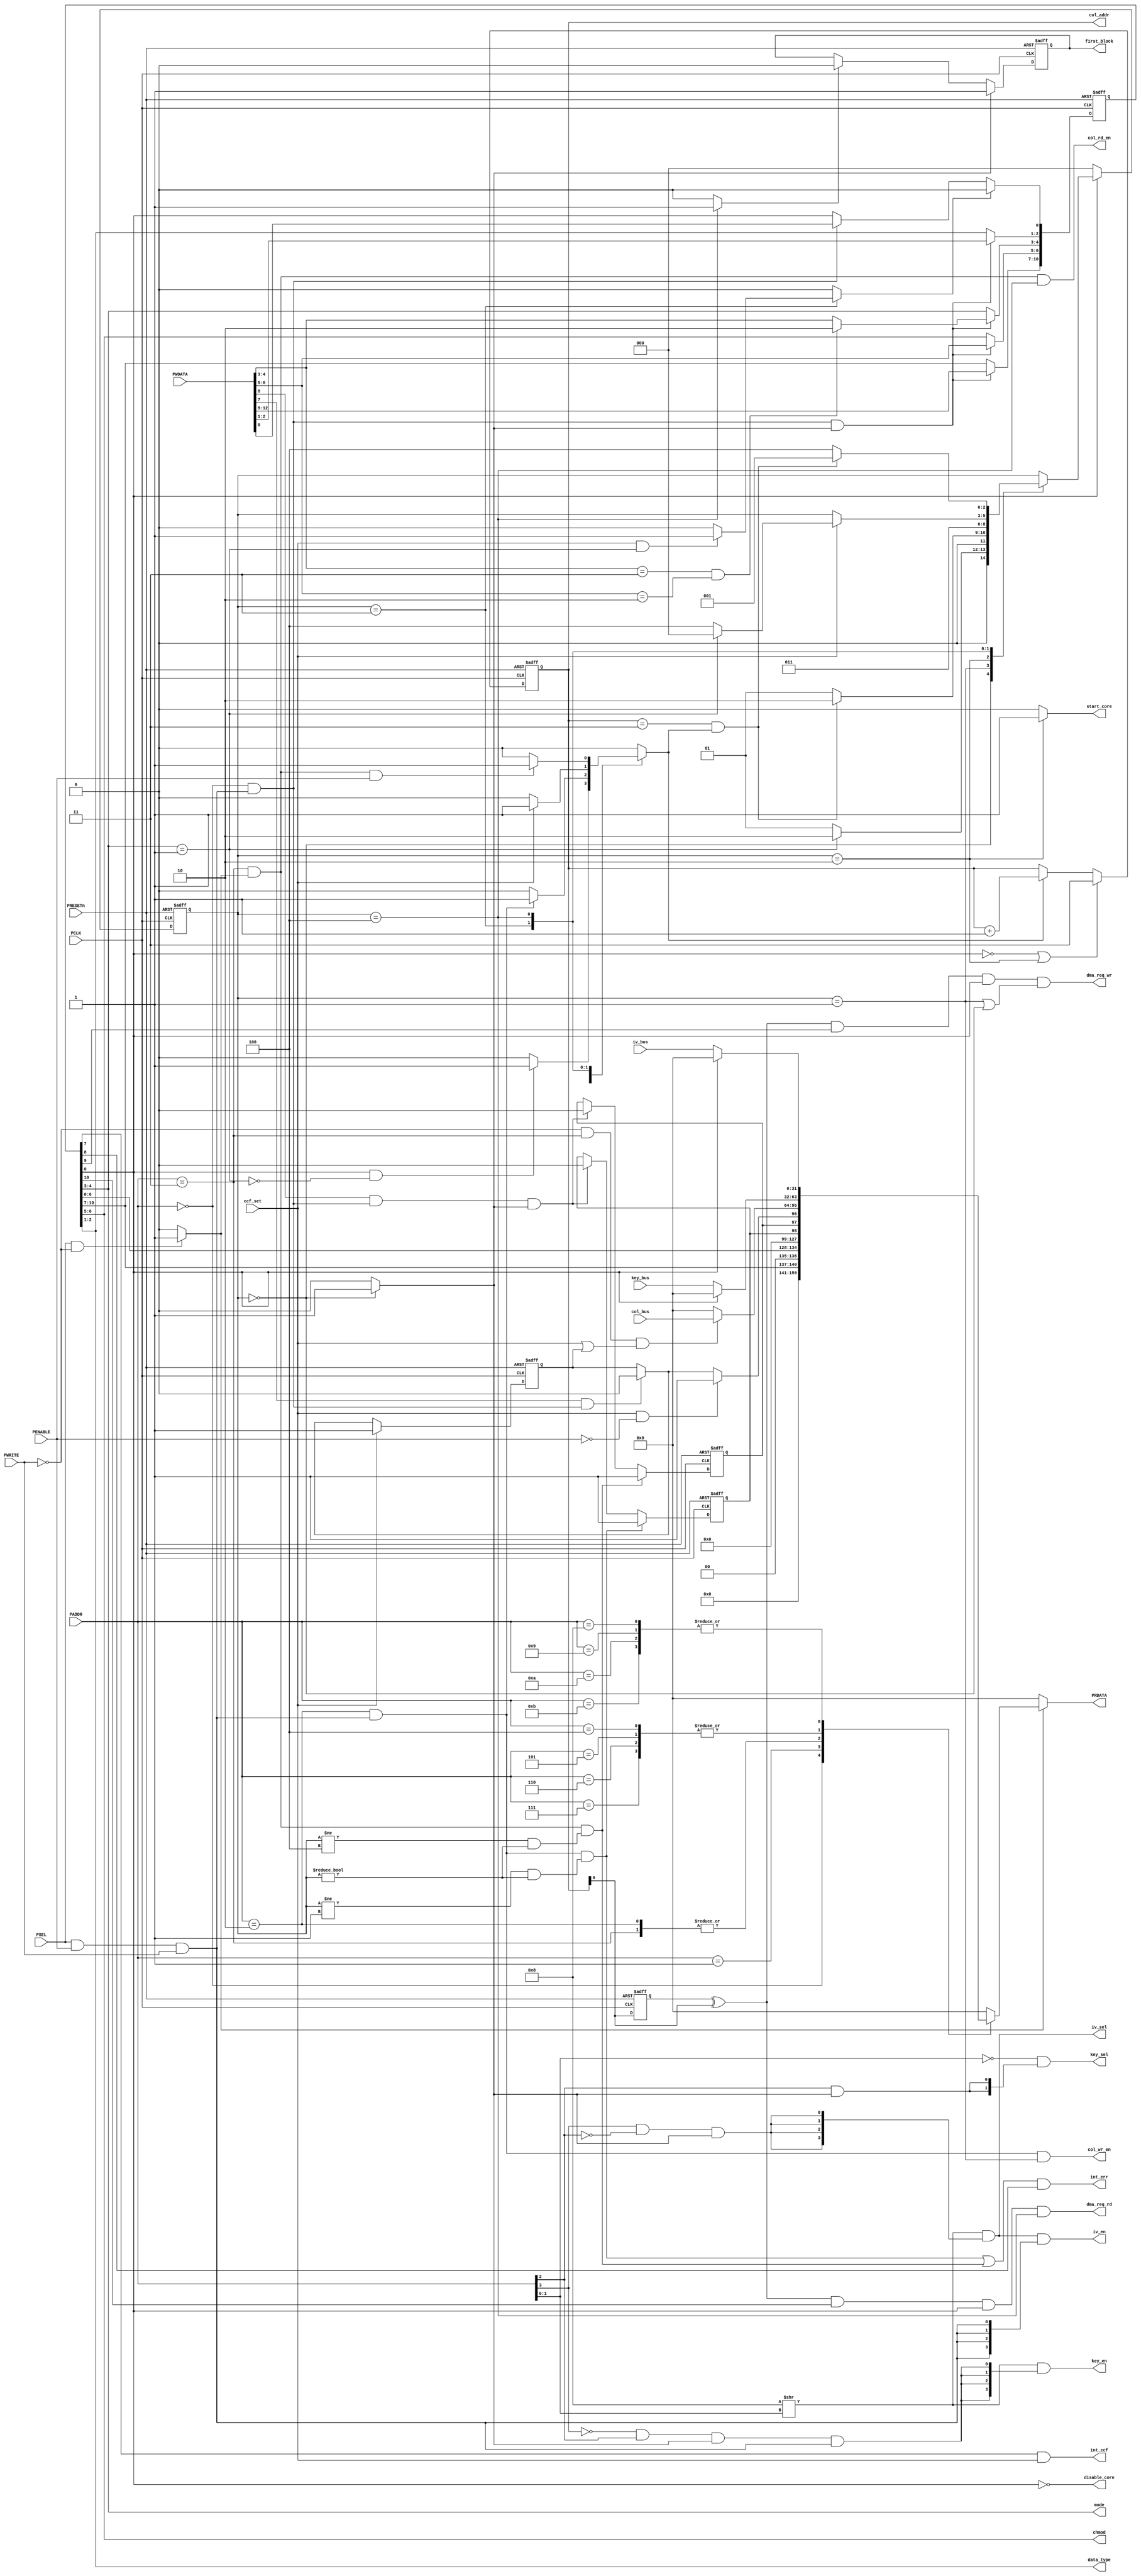
//////////////////////////////////////////////////////////////////
////
////
//// 	AES CORE BLOCK
////
////
////
//// This file is part of the APB to I2C project
////
//// http://www.opencores.org/cores/apbi2c/
////
////
////
//// Description
////
//// Implementation of APB IP core according to
////
//// aes128_spec IP core specification document.
////
////
////
//// To Do: Things are right here but always all block can suffer changes
////
////
////
////
////
//// Author(s): - Felipe Fernandes Da Costa, fefe2560@gmail.com
////		  Julio Cesar 
////
///////////////////////////////////////////////////////////////// 
////
////
//// Copyright (C) 2009 Authors and OPENCORES.ORG
////
////
////
//// This source file may be used and distributed without
////
//// restriction provided that this copyright statement is not
////
//// removed from the file and that any derivative work contains
//// the original copyright notice and the associated disclaimer.
////
////
//// This source file is free software; you can redistribute it
////
//// and/or modify it under the terms of the GNU Lesser General
////
//// Public License as published by the Free Software Foundation;
//// either version 2.1 of the License, or (at your option) any
////
//// later version.
////
////
////
//// This source is distributed in the hope that it will be
////
//// useful, but WITHOUT ANY WARRANTY; without even the implied
////
//// warranty of MERCHANTABILITY or FITNESS FOR A PARTICULAR
////
//// PURPOSE. See the GNU Lesser General Public License for more
//// details.
////
////
////
//// You should have received a copy of the GNU Lesser General
////
//// Public License along with this source; if not, download it
////
//// from http://www.opencores.org/lgpl.shtml
////
////
///////////////////////////////////////////////////////////////////
module host_interface_aes
(
	// OUTPUTS
	output [3:0] key_en,
	output [1:0] col_addr,
	output [1:0] chmod,
	output [1:0] mode,
	output [1:0] data_type,
	output col_wr_en,
	output col_rd_en,
	output [1:0] key_sel,
	output [3:0] iv_en,
	output [3:0] iv_sel,
	output int_ccf,
	output int_err,
	output disable_core,
	output reg first_block,
	output dma_req_wr,
	output dma_req_rd,
	output reg start_core,
	output [31:0] PRDATA,
	//INPUTS
	input [3:0] PADDR,
	input [12:0] PWDATA,
	input PWRITE,
	input PENABLE,
	input PSEL,
	input PCLK,
	input PRESETn,
	input [31:0] key_bus,
	input [31:0] col_bus,
	input [31:0] iv_bus,
	input ccf_set
);

//`include "include/host_interface.vh"

//=====================================================================================
// Memory Mapped Registers Address
//=====================================================================================
localparam AES_CR    = 4'd00;
localparam AES_SR    = 4'd01;
localparam AES_DINR  = 4'd02;
localparam AES_DOUTR = 4'd03;
localparam AES_KEYR0 = 4'd04;
localparam AES_KEYR1 = 4'd05;
localparam AES_KEYR2 = 4'd06;
localparam AES_KEYR3 = 4'd07;
localparam AES_IVR0  = 4'd08;
localparam AES_IVR1  = 4'd09;
localparam AES_IVR2  = 4'd10;
localparam AES_IVR3  = 4'd11;

//=============================================================================
// Operation Modes
//=============================================================================
localparam ENCRYPTION     = 2'b00;
localparam KEY_DERIVATION = 2'b01;
localparam DECRYPTION     = 2'b10;
localparam DECRYP_W_DERIV = 2'b11;

//=============================================================================
// AES Modes
//=============================================================================
localparam ECB = 2'b00;
localparam CBC = 2'b01;
localparam CTR = 2'b10;

//=============================================================================
// Resets Values
//=============================================================================
localparam AES_CR_RESET = 13'd0;
localparam AES_SR_RESET =  3'd0;

//=============================================================================
// Enable Value (Active High)
//=============================================================================
localparam ENABLE  = 1'b1;
localparam DISABLE = 1'b0;

//=============================================================================
// FSM STATES
//=============================================================================
localparam IDLE   = 3'd0;
localparam INPUT  = 3'd1;
localparam START  = 3'd2;
localparam WAIT   = 3'd3;
localparam OUTPUT = 3'd4;

wire [31:0] bus_out;
reg [31:0] bus_out_mux;
reg cnt_en;
reg enable_clear;
reg access_permission;
reg first_block_set;
reg first_block_clear;
wire [1:0] mode_in;
wire [1:0] chmod_in;
wire write_en;
wire read_en;
wire dma_out_en;
wire dma_in_en;
wire err_ie;
wire ccf_ie;
wire errc;
wire ccfc;
wire aes_cr_wr_en;
//wire aes_sr_wr_en;
wire wr_err_en;
wire rd_err_en;
wire write_completed;
wire read_completed;
wire key_deriv;


reg [10:0] aes_cr;
reg wr_err;
reg rd_err;
reg ccf;
reg [2:0] state, next_state;
reg [1:0] cnt;
reg dma_req;
wire enable;

// Write and read enable signals
assign write_en = PSEL & PENABLE & PWRITE;
assign read_en  = (PSEL & ~PWRITE)?1'b1:1'b0;

// Configuration Register Logic
assign dma_out_en = aes_cr[10];
assign dma_in_en  = aes_cr[9];
assign err_ie     = aes_cr[8];
assign ccf_ie     = aes_cr[7];
assign errc       = PWDATA[8];
assign ccfc       = PWDATA[7];
assign chmod      = aes_cr[6:5];
assign mode       = aes_cr[4:3];
assign data_type  = aes_cr[2:1];
assign enable     = aes_cr[0];

assign aes_cr_wr_en = (PADDR == AES_CR) & write_en;
assign mode_in  = PWDATA[4:3];
assign chmod_in = PWDATA[6:5];

always @(posedge PCLK or negedge PRESETn)
	begin
		if(!PRESETn)
			aes_cr <= AES_CR_RESET[10:0];
		else
			begin
				if(enable_clear)
					aes_cr[0] <= 1'b0;
				else
					if(aes_cr_wr_en)
						aes_cr[0] <= PWDATA[0];

				if(aes_cr_wr_en && access_permission)
					begin
						aes_cr[2:1] <= PWDATA[2:1];
						if(mode_in == DECRYP_W_DERIV && chmod_in == CTR)
							aes_cr[4:3] <= DECRYPTION;
						else
							aes_cr[4:3] <= mode_in;
						aes_cr[ 6:5] <= PWDATA[6:5];
						aes_cr[10:7] <= PWDATA[12:9];
					end
			end
	end
 
// Status Register Logic
//assign aes_sr_wr_en = (PADDR == AES_SR) & write_en & access_permission;

always @(posedge PCLK or negedge PRESETn)
	begin
		if(!PRESETn)
		begin
			{wr_err, rd_err, ccf} <= AES_SR_RESET;

		end
		else
			begin
				// Write Error Flag
				if(wr_err_en)
					wr_err <= 1'b1;
				else
					if(errc && aes_cr_wr_en && access_permission)
						wr_err <= 1'b0;

				//Read Error Flag
				if(rd_err_en)
					rd_err <= 1'b1;
				else
					if(errc && aes_cr_wr_en && access_permission)
						rd_err <= 1'b0;

				// Computation Complete Flag
				if(ccf_set)
				   	ccf <= 1'b1;
				else
					if(ccfc && aes_cr_wr_en )//&& access_permission)
						ccf <= 1'b0;
			end
	end
// Interruption on erros Signals
assign int_ccf = ccf_ie & ccf_set;
assign int_err = (wr_err_en | rd_err_en) & err_ie;

// Key Signals Decoding
assign key_en = (4'b1000 >> PADDR[1:0]) & {4{(~PADDR[3] & PADDR[2] & access_permission & write_en)}};
assign key_sel = ~PADDR[1:0] & {2{(PADDR[2] & access_permission)}};

// IV Signals Decoding
assign iv_sel = (4'b1000 >> PADDR[1:0]) & {4{(PADDR[3] & ~PADDR[2] & access_permission)}};
assign iv_en = iv_sel & {4{write_en}};

// State Register
always @(posedge PCLK or negedge PRESETn)
	begin
		if(!PRESETn)
			state <= IDLE;
		else
			if(!enable)
				state <= IDLE;
			else
				state <= next_state;
	end

assign write_completed = (cnt == 2'b11);
assign read_completed  = (cnt == 2'b11);
assign key_deriv = (mode == KEY_DERIVATION);

// Next State Logic
always @(*)
	begin
		next_state = state;
		case(state)
		IDLE  :
			begin
				if(enable)
					next_state = (key_deriv) ? START : INPUT;
			end
		INPUT :
			next_state = (write_completed && cnt_en) ? START : INPUT;
		START :
			next_state = WAIT;
		WAIT  :
			begin
				if(ccf_set)
					next_state = (key_deriv) ? IDLE : OUTPUT;
			end
		OUTPUT:
			next_state = (read_completed && cnt_en) ? INPUT : OUTPUT;
		endcase
	end

// Output Logic
assign disable_core = ~enable;

always @(*)
	begin
		access_permission = DISABLE;
		start_core = DISABLE;
		cnt_en = DISABLE;
		enable_clear = DISABLE;
		first_block_set = DISABLE;
		first_block_clear = DISABLE;
		case(state)
			IDLE:
				begin
					access_permission = ENABLE;
					first_block_set = ENABLE;
					if(enable && !key_deriv)
						cnt_en = ENABLE;
				end
			INPUT:
				begin
					if(PADDR == AES_DINR && write_en)
						cnt_en = ENABLE;
				end
			START:
				begin
					start_core = ENABLE;
				end
			WAIT:
				begin
					if(ccf_set)
						cnt_en = ENABLE;
					if(ccf_set && key_deriv)
						enable_clear = ENABLE;
				end
			OUTPUT:
				begin
					first_block_clear = ENABLE;
					if(PADDR == AES_DOUTR && read_en && PENABLE )//|| write_completed)
						cnt_en = ENABLE;
				end
		endcase
	end

// First Block Signal indicates when IV register is used
always @(posedge PCLK or negedge PRESETn)
	begin
		if(!PRESETn)
			first_block <= 1'b1;
		else
			if(first_block_set)
				first_block <= 1'b1;
			else
				if(first_block_clear)
					first_block <= 1'b0;
	end

always @(posedge PCLK or negedge PRESETn)
	begin
		if(!PRESETn)
			cnt <= 2'b11;
		else
			begin
				if(!enable || state == START)
					cnt <= 2'b11;
				else
					if(cnt_en)
						cnt <= cnt + 1'b1;
			end
	end

assign col_addr = cnt;
assign col_wr_en = (PADDR == AES_DINR  && write_en && state == INPUT);
assign col_rd_en = (PADDR == AES_DOUTR && read_en  && state == OUTPUT);
assign wr_err_en = (PADDR == AES_DINR  && write_en && (state != INPUT  && state != IDLE));
assign rd_err_en = (PADDR == AES_DOUTR && read_en  && (state != OUTPUT && state != IDLE));

// DMA Requests Logic
always @(posedge PCLK or negedge PRESETn)
	begin
		if(!PRESETn)
			dma_req <= 1'b0;
		else
			dma_req <= cnt[0];
	end

assign dma_req_wr = (dma_req ^ cnt[0]) & dma_in_en  & enable & (state == INPUT  || state == IDLE);
assign dma_req_rd = (dma_req ^ cnt[0]) & dma_out_en & enable & (state == OUTPUT);

// APB Read Signal
assign PRDATA = bus_out;

// Output Mux
always @(*)
	begin
		bus_out_mux = 32'd0;
		case(PADDR)
			AES_CR:
				bus_out_mux = {{19{1'b0}}, aes_cr[10:7], 2'b00, aes_cr[6:0]};
			AES_SR:
				bus_out_mux = {{29{1'b0}}, wr_err, rd_err, (ccf_set && ~PENABLE)? 1'b1:(ccfc && aes_cr_wr_en)?1'b0:ccf};
			AES_DINR, AES_DOUTR:
			begin
				if(~PWRITE && PADDR == AES_DOUTR && (ccf_set || ccf ))
					bus_out_mux = col_bus;
			end
			AES_KEYR0, AES_KEYR1, AES_KEYR2, AES_KEYR3:
				if(!enable)
					bus_out_mux = key_bus;
			AES_IVR0, AES_IVR1, AES_IVR2, AES_IVR3:
				if(!enable)
					bus_out_mux = iv_bus;
			
		endcase
	end

// The output Bus is registered

assign bus_out =(read_en)? bus_out_mux:32'd0;

/*
always @(posedge PCLK or negedge PRESETn)
	begin
		if(!PRESETn)
			bus_out <= 32'd0;
		else
			if(read_en)
				bus_out <= bus_out_mux;
	end
*/

endmodule